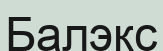
Балэкс